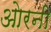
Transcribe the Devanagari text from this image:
ओरनी